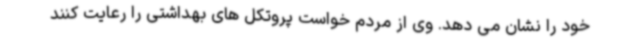
خود را نشان می دهد. وی از مردم خواست پروتکل های بهداشتی را رعایت کنند